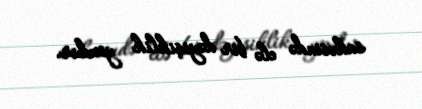
sahəsində elə bir dəyişiklik yoxdur.